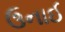
ઉનાઈ